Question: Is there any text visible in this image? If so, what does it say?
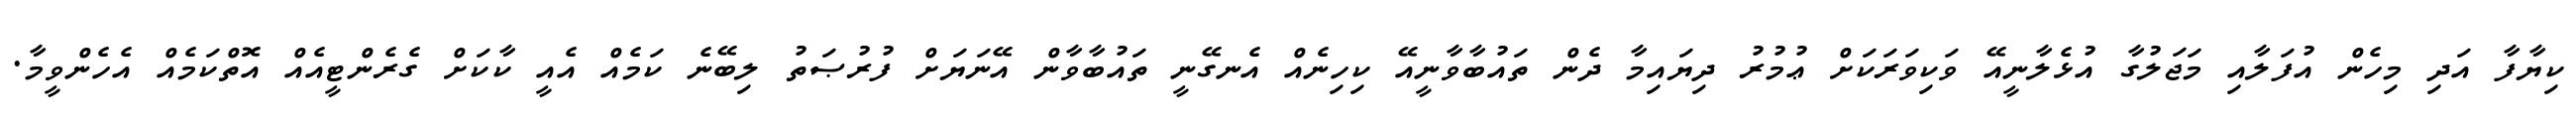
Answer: ކިޔާފާ އަދި މިހެން އުފަލާއި މަޖަލުގާ އުޅެލާނީއޭ ވަކިވަރަކަށް ޢުމުރު ދިޔައިމާ ދެން ތައުބާވާނީއޭ ކިހިނެއް އެނގޭނީ ތައުބާވާން އޭނަޔަށް ފުރުޞަތު ލިބޭނެ ކަމެއް އެއީ ކާކަށް ގެރެންޓީއެއް އޮތްކަމެއް އެހެންވީމާ.